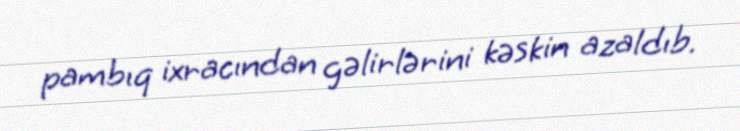
pambıq ixracından gəlirlərini kəskin azaldıb.